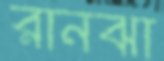
রানঝা